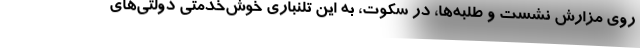
روي مزارش نشست و طلبه‌ها، در سكوت، به اين تلنباري خوش‌خدمتي دولتي‌هاي